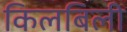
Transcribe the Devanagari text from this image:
किलबिली